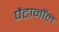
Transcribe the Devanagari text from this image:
पेंटानॉल